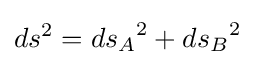
ds^{2}={ds_{A}}^{2}+{ds_{B}}^{2}